Report on plague and inoculation in the Punjab from October 1st ... to September 30th..., being the ... season of plague in the province
Disease focus: Plague
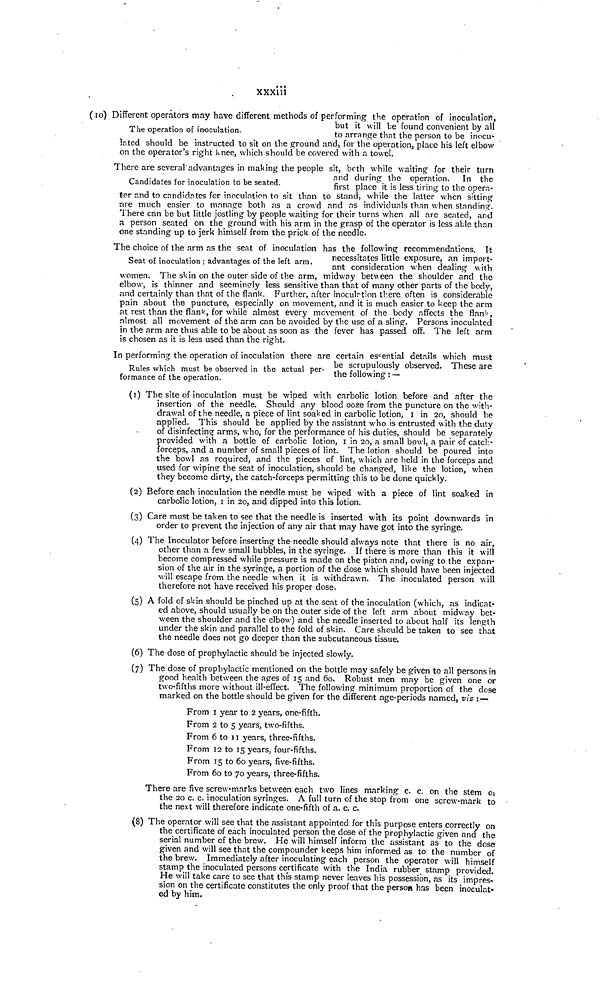
xxxiii
The operation of inoculation.
(IO) Different operators may have different methods of performing the operation of inoculation,
but it will be found convenient by all
to arrange that the person to be inocu-
lated should be instructed to sit on the ground and, for the operation, place his left elbow
on the operator's right knee, which should be covered with a towel.
Candidates for inoculation to be seated.
There are several advantages in making the people sit, both while waiting for their turn
and during the operation. In the
first place it is less tiring to the opera-
tor and to candidates for inoculation to sit than to stand, while the latter when sitting
are much easier to manage both as a crowd and as individuals than when standing.
There can be but little jostling by people waiting for their turns when all are seated, and
a person seated on the ground with his arm in the grasp of the operator is less able than
one standing up to jerk himself from the prick of the needle.
Seat of inoculation ; advantages of the left arm.
The choice of the arm as the seat of inoculation has the following recommendations. It
necessitates little exposure, an import-
ant consideration when dealing with
women. The skin on the outer side of the arm, midway between the shoulder and the
elbow, is thinner and seemingly less sensitive than that of many other parts of the body,
and certainly than that of the flank. Further, after inoculation there often is considerable
pain about the puncture, especially on movement, and it is much easier to keep the arm
at rest than the flank, for while almost every movement of the body affects the flank,
almost all movement of the arm can be avoided by the use of a sling. Persons inoculated
in the arm are thus able to be about as soon as the fever has passed off. The left arm
is chosen as it is less used than the right.
Rules which must be observed in the actual per-
In performing the operation of inoculation there are certain essential details which must
be scrupulously observed. These are
formance of the operation.
the
following:-
(T) The site of inoculation must be wiped with carbolic lotion before and after the
insertion of the needle. Should any blood ooze from the puncture on the with-
drawal of the needle, a piece of lint soaked in carbolic lotion, I in 20, should be
applied. This should be applied by the assistant who is entrusted with the duty
of disinfecting arms, who, for the performance of his duties, should be separately
provided with a bottle of carbolic lotion, I in 20, a small bowl, a pair of catch-
forceps, and a number of small pieces of lint. The lotion should be poured into
the bowl as required, and the pieces of lint, which are held in the forceps and
used for wiping the seat of inoculation, should be changed, like the lotion, when
they become dirty, the catch-forceps permitting this to be done quickly.
(2) Before each inoculation the needle must be wiped with a piece of lint soaked in
carbolic lotion, I in 20, and dipped into this lotion.
(3) Care must be taken to see that the needle is inserted with its point downwards in
order to prevent the injection of any air that may have got into the syringe.
(4) The Inoculator before inserting the-needle should always note that there is no air,
other than a few small bubbles, in the syringe. If there is more than this it will
become compressed while pressure is made on the piston and, owing to the expan-
sion of the air in the syringe, a portion of the dose which should have been injected
will escape from the needle when it is withdrawn. The inoculated person will
therefore not have received his proper dose.
(5) A fold of skin should be pinched up at the seat of the inoculation (which, as indicat-
ed above, should usually be on the outer side of the left arm about midway bet-
ween the shoulder and the elbow) and the needle inserted to about half its length
under the skin and parallel to the fold of skin. Care should be taken to see that
the needle does not go deeper than the subcutaneous tissue.
(6) The dose of prophylactic should be injected slowly.
(7) The dose of prophylactic mentioned on the bottle may safely be given to all persons in
good health between the ages of 15 and 60. Robust men may be given one or
two-fifths more without ill-effect. The following minimum proportion of the dose
marked on the bottle should be given for the different age-periods named, viz :—
From 1 year to 2 years, one-fifth.
From 2 to 5 years, two-fifths.
From 6 to 11 years, three-fifths.
From 12 to 15 years, four-fifths.
From 15 to 60 years, five-fifths.
From 60 to 70 years, three-fifths.
There are five screw-marks between each two lines marking c. c. on the stem 01
the 20 c. c. inoculation syringes. A full turn of the stop from one screw-mark to
the next will therefore indicate one-fifth of a. c. c.
(8) The operator will see that the assistant appointed for this purpose enters correctly on
the certificate of each inoculated person the dose of the prophylactic given and the
serial number of the brew. He will himself inform the assistant as to the dose
given and will see that the compounder keeps him informed as to the number of
the brew. Immediately after inoculating each person the operator will himself
stamp the inoculated persons certificate with the India rubber stamp provided.
He will take care to see that this stamp never leaves his possession, as its impres-
sion on the certificate constitutes the only proof that the person has been inoculat
ed by him.